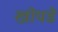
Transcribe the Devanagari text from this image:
खोपडे